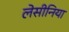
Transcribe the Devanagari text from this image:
लेसीनिया